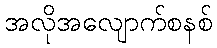
အလိုအလျောက်စနစ်